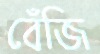
বেঁজি